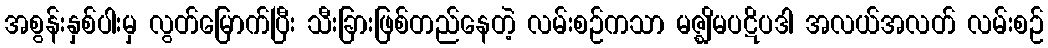
အစွန်းနှစ်ပါးမှ လွတ်မြောက်ပြီး သီးခြားဖြစ်တည်နေတဲ့ လမ်းစဉ်ကသာ မဇ္ဈိမပဋိပဒါ အလယ်အလတ် လမ်းစဉ်